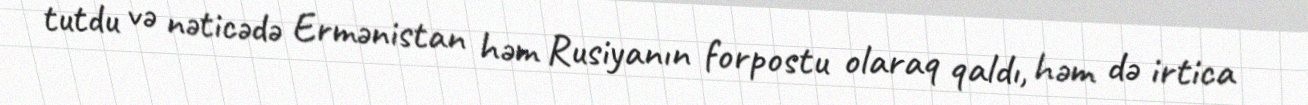
tutdu və nəticədə Ermənistan həm Rusiyanın forpostu olaraq qaldı, həm də irtica